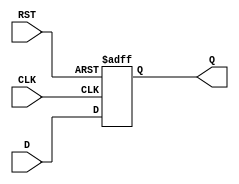
`timescale 1ns / 1ps
//////////////////////////////////////////////////////////////////////////////////
// Group:21
// Members: Pritkumar Godhani [19CS10048], Debanjan Saha [19CS30014] 
//  
// Module Name: D-Flip Flop [auxiliary module]
// Project Name: Assignment-5 Question 1
//
//////////////////////////////////////////////////////////////////////////////////
module DFF(Q, D, CLK, RST);
	input D, CLK, RST;
	output reg Q;
	
	always @ (posedge CLK or posedge RST) begin
	if(RST)
		Q <= 0;
	else
		Q <= D;
	end
endmodule